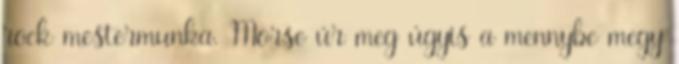
rock mestermunka. Morse úr meg úgyis a mennybe megy